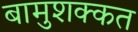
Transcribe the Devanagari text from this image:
बामुशक्कत